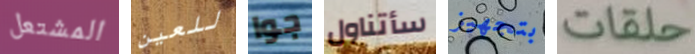
المشتعل للعين جوا سأتناول بتجهيز حلقات